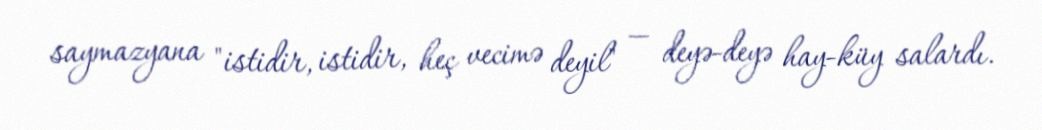
saymazyana "istidir, istidir, heç vecimə deyil" — deyə-deyə hay-küy salardı.